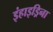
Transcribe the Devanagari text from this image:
इंहाइड्रिना